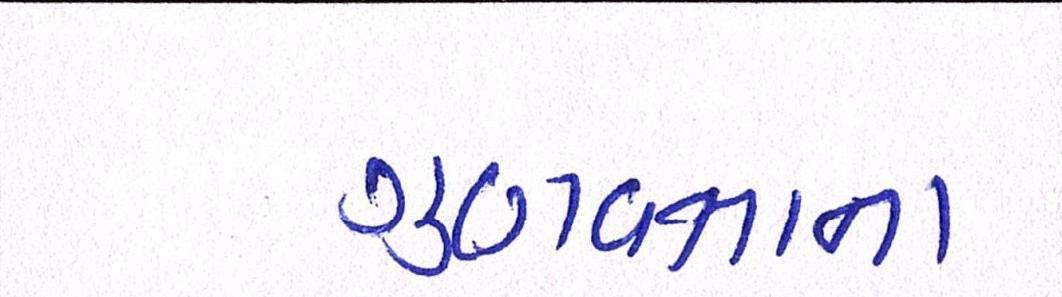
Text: ગુણવત્તાના